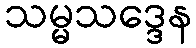
သမ္မသဒ္ဒေန